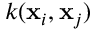
k ( \mathbf { x } _ { i } , \mathbf { x } _ { j } )